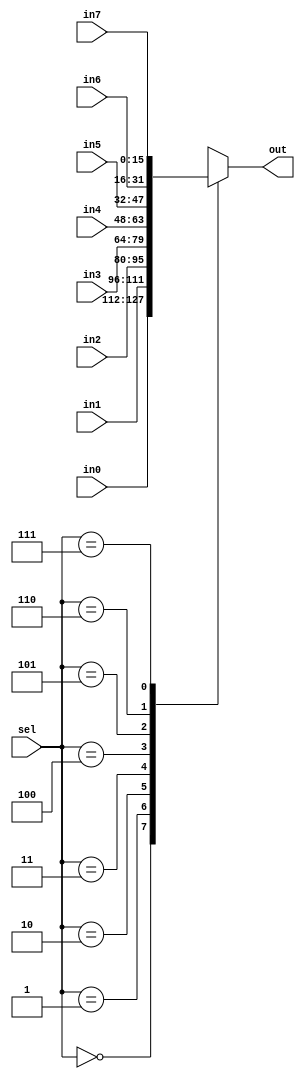
module Operand_multiplexer(in0, in1,in2,in3,in4,in5,in6,in7, sel, out);
input [15:0] in0, in1, in2, in3, in4, in5, in6, in7;
input [2:0] sel;
output reg [15:0] out;


always @ (*) 
case(sel)
3'b000:
	out <= in0;
3'b001:
	out <= in1;
3'b010:
	out <= in2;
3'b011:
	out <= in3;
3'b100:
	out <= in4;
3'b101:
	out <= in5;
3'b110:
	out <= in6;
3'b111:
	out <= in7;
default:
	out = 16'hxxxx;
endcase


endmodule